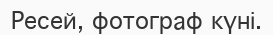
Ресей, фотограф күні.